Civil Veterinary Dept. Bombay admin report 1893-99 - 1893-1899
Year: 1893
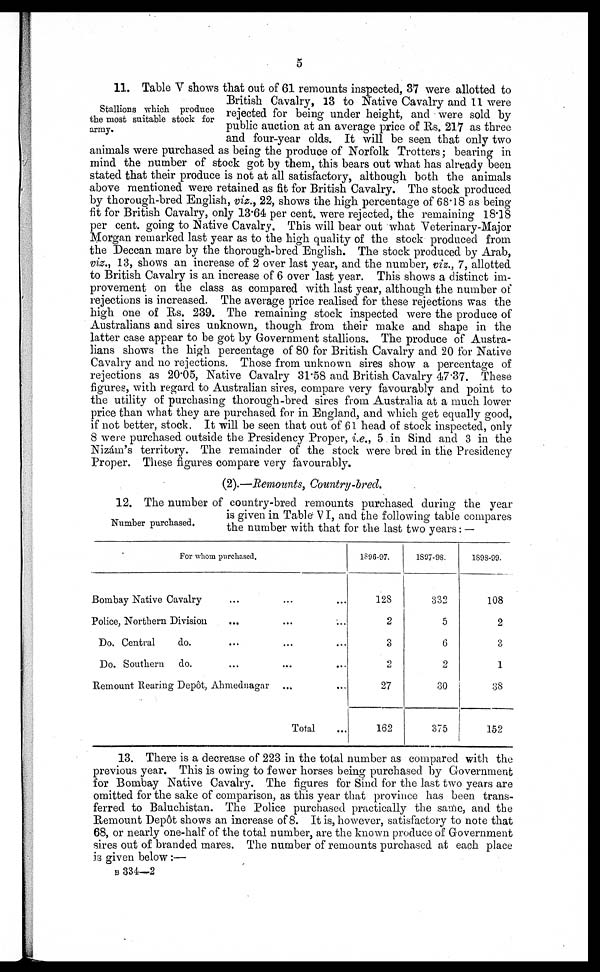
5
Stallions which produce
the most suitable stock for
army.
11. Table V shows that out of 61 remounts inspected, 37 were allotted to
British Cavalry, 13 to Native Cavalry and 11 were
rejected for being under height, and were sold by
public auction at an average price of Rs. 217 as three
and four-year olds. It will be seen that only two
animals were purchased as being the produce of Norfolk Trotters; bearing in
mind the number of stock got by them, this bears out what has already been
stated that their produce is not at all satisfactory, although both the animals
above mentioned were retained as fit for British Cavalry. The stock produced
by thorough-bred English, viz., 22, shows the high percentage of 68.18 as being
fit for British Cavalry, only 13.64 per cent. were rejected, the remaining 18.18
per cent. going to Native Cavalry. This will bear out what Veterinary-Major
Morgan remarked last year as to the high quality of the stock produced from
the Deccan mare by the thorough-bred English. The stock produced by Arab,
viz., 13, shows an increase of 2 over last year, and the number, viz., 7, allotted
to British Cavalry is an increase of 6 over last year. This shows a distinct im-
provement on the class as compared with last year, although the number of
rejections is increased. The average price realised for these rejections was the
high one of Rs. 239. The remaining stock inspected were the produce of
Australians and sires unknown, though from their make and shape in the
latter case appear to be got by Government stallions. The produce of Austra-
lians shows the high percentage of 80 for British Cavalry and 20 for Native
Cavalry and no rejections. Those from unknown sires show a percentage of
rejections as 20.05, Native Cavalry 31.58 and British Cavalry 47.37. These
figures, with regard to Australian sires, compare very favourably and point to
the utility of purchasing thorough-bred sires from Australia at a much lower
price than what they are purchased for in England, and which get equally good,
if not better, stock. It will be seen that out of 61 head of stock inspected, only
8 were purchased outside the Presidency Proper, i.e., 5 in Sind and 3 in the
Nizám's territory. The remainder of the stock were bred in the Presidency
Proper. These figures compare very favourably.
(2).—Remounts, Country-bred.
Number purchased.
12. The number of country-bred remounts purchased during the year
is given in Table VI, and the following table compares
the number with that for the last two years: —
For whom purchased.
Bombay Native Cavalry ... ... ...
Police, Northern Division ... ... ...
Do. Central
do. ... ... ...
Do. Southern
do. ... ... ...
Remount Rearing Depôt, Ahmednagar ... ...
Total ...
1896-97.
128
2
3
2
27
162
1897-98.
332
5
6
2
30
375
1898-99.
108
2
3
1
38
152
13. There is a decrease of 223 in the total number as compared with the
previous year. This is owing to fewer horses being purchased by Government
for Bombay Native Cavalry. The figures for Sind for the last two years are
omitted for the sake of comparison, as this year that province has been trans-
ferred to Baluchistan. The Police purchased practically the same, and the
Remount Depôt shows an increase of 8. It is, however, satisfactory to note that
68, or nearly one-half of the total number, are the known produce of Government
sires out of branded mares. The number of remounts purchased at each place
is given below:—
B 334—2